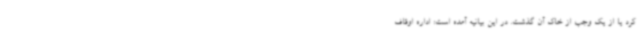
کرد یا از یک وجب از خاک آن گذشت. در این بیانیه آمده است: اداره اوقاف